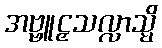
အဗ္ဗူဠှသလ္လာသ္မိ